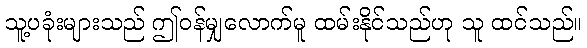
သူ့ပခုံးများသည် ဤဝန်မျှလောက်မူ ထမ်းနိုင်သည်ဟု သူ ထင်သည်။